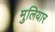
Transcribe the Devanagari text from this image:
मुलियार